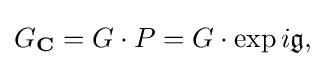
\displaystyle {G_{\mathbf {C} }=G\cdot P=G\cdot \exp i{\mathfrak {g}},}